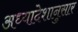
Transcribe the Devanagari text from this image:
अध्यादेशानुसार